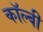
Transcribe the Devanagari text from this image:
कॉल्बी